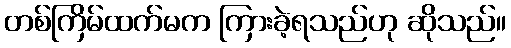
တစ်ကြိမ်ထက်မက ကြားခဲ့ရသည်ဟု ဆိုသည်။